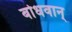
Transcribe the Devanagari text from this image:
बोधवान्